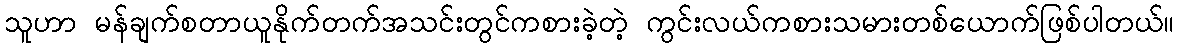
သူဟာ မန်ချက်စတာယူနိုက်တက်အသင်းတွင်ကစားခဲ့တဲ့ ကွင်းလယ်ကစားသမားတစ်ယောက်ဖြစ်ပါတယ်။